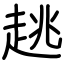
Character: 趒